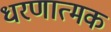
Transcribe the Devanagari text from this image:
धरणात्मक